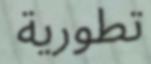
تطورية